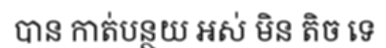
បាន កាត់បន្ថយ អស់ មិន តិច ទេ